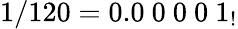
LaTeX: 1/120=0.0\ 0\ 0\ 0\ 1_{!}